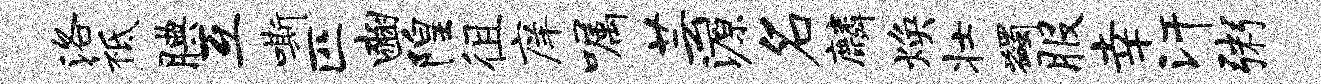
洛祗腆互嘶匹豳隍徂庠嘱芸源名麟焕壮蠲服幸汗粥